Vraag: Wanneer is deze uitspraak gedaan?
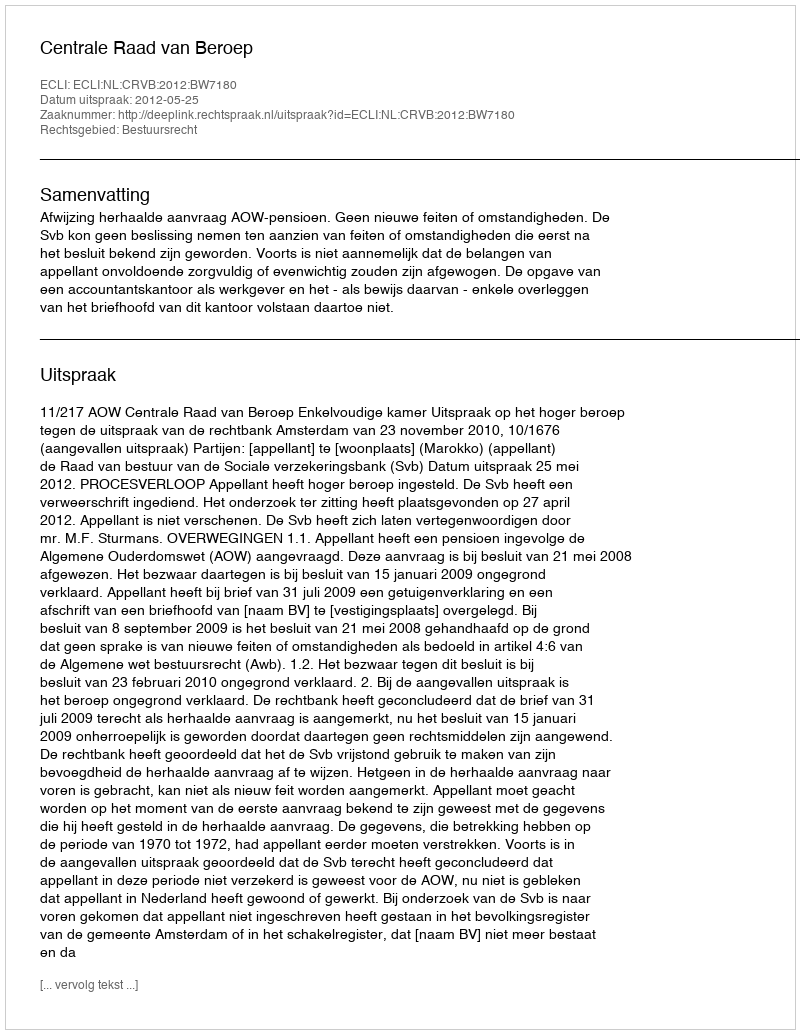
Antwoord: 2012-05-25